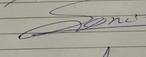
Signature authenticity: genuine